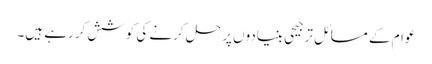
عوام کے مسائل ترجیحی بنیادوں پر حل کرنے کی کوشش کررہے ہیں۔